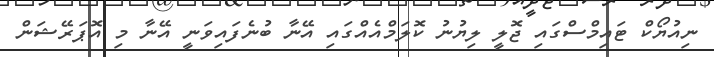
ނިއުޔޯކް ޓައިމްސްގައި ޖޮލީ ލިޔުނު ކޮލަމްއެއްގައި އޭނާ ބުނެފައިވަނީ އޭނާ މި އޮޕަރޭޝަން